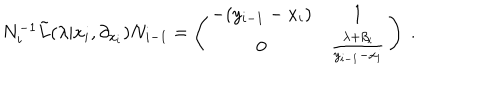
LaTeX: N _ { i } ^ { - 1 } { \tilde { L } } ( \lambda | x _ { i } , \partial _ { x _ { i } } ) N _ { i - 1 } = \left( \begin{array} { c c } { { - ( y _ { i - 1 } - x _ { i } ) } } & { { 1 } } \\ { { 0 } } & { { \frac { \lambda + \beta _ { i } } { y _ { i - 1 } - x _ { i } } } } \\ \end{array} \right) ~ .